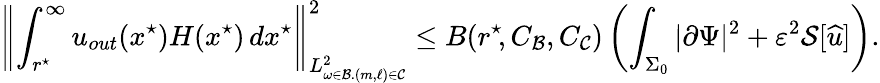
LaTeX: \left\lVert\int_{r^{\star}\! }^{\infty}u_{out}(x^{\star})H(x^{\star})\, dx^{\star}\right\rVert_{L_{\omega\in\mathcal{B}.(m,\ell)\in\mathcal{C}}^{2}}^{2}\leq B(r^{\star}\! ,C_{\mathcal{B}},C_{\mathcal{C}})\left(\int_{\Sigma_{0}}|\partial\Psi|^{2}+\varepsilon^{2}\mathcal{S}[{\widehat{u}}]\right).